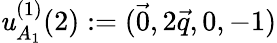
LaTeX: \mathit{u}_{A_{1}}^{(1)}(2):=(\vec{{0}},2\vec{{q}},0,-1)